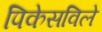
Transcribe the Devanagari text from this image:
पिकेसविले